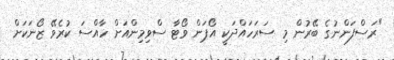
"ރަސްފަންނުގެ ބޭރުން މި ސަރަހައްދަކީ އޯޕަން ވޯޓާ ސްވިމިންއަށް ހާއްސަ ކުރެވޭ ޒޯނަކަށް